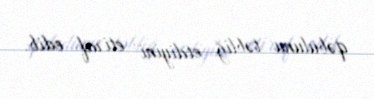
qəbulunu təbliğ etdiyini etiraf edib.